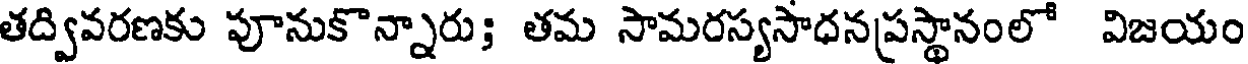
తద్వివరణకు పూనుకొన్నారు; తమ సామరస్యసాధనప్రస్థానంలో విజయం